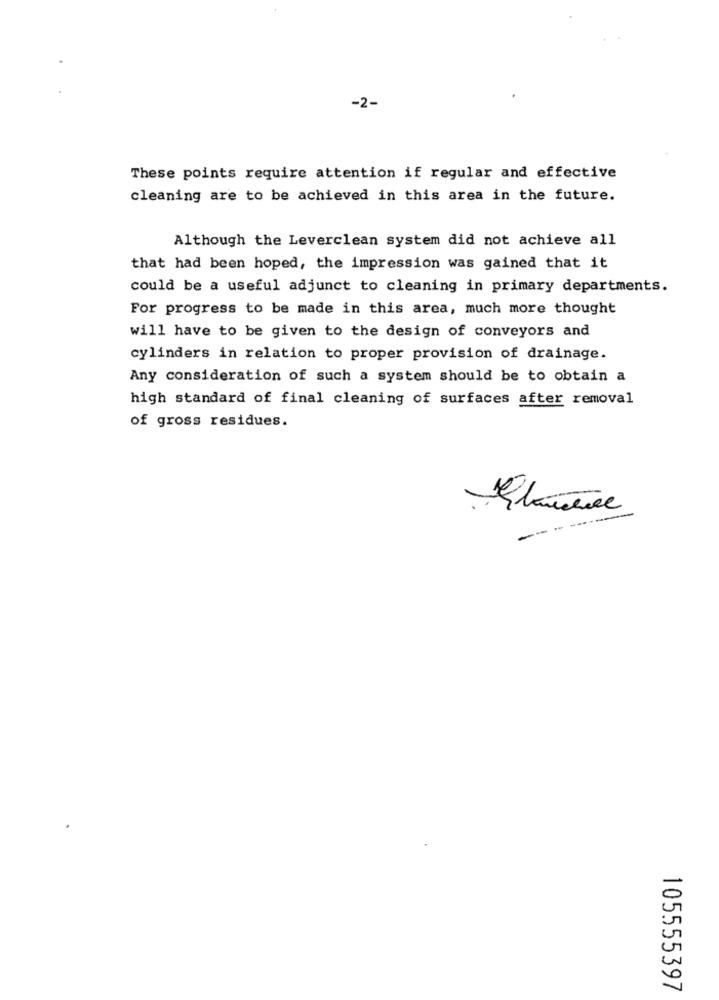
-2-
These points require attention if regular and effective
cleaning are to be achieved in this area in the future.
Although the Leverclean system did not achieve all
that had been hoped, the impression was gained that it
could be a useful adjunct to cleaning in primary departments.
For progress to be made in this area, much more thought
will have to be given to the design of conveyors and
cylinders in relation to proper provision of drainage.
Any consideration of such a system should be to obtain a
high standard of final cleaning of surfaces after removal
of gross residues.
-
105555397